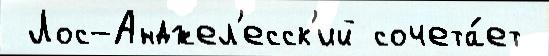
 Лос-Анджел'есск'ий сочета́ет